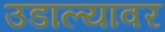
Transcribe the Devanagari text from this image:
उडाल्यावर